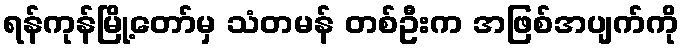
ရန်ကုန်မြို့တော်မှ သံတမန် တစ်ဦးက အဖြစ်အပျက်ကို